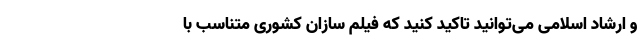
و ارشاد اسلامی می‌توانید تاکید کنید که فیلم سازان کشوری متناسب با